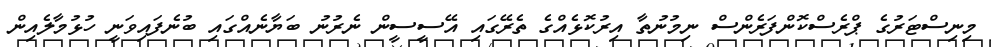
މިނިސްޓަރުގެ ޕްރެސްކޮންފަރެންސް ނިމުނުތާ އިރުކޮޅެއްގެ ތެރޭގައި އޭސީސީން ނެރުނު ބަޔާނެއްގައި ބުނެފައިވަނީ ހުޅުމާލެއިން